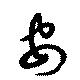
安